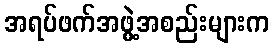
အရပ်ဖက်အဖွဲ့အစည်းများက